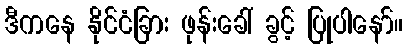
ဒီကနေ နိုင်ငံခြား ဖုန်းခေါ် ခွင့် ပြုပါနော်။